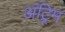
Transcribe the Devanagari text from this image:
अंट्रिम